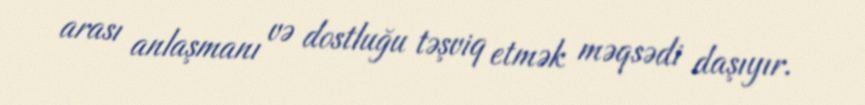
arası anlaşmanı və dostluğu təşviq etmək məqsədi daşıyır.